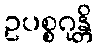
ဥပစ္စဂုန္တိ